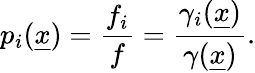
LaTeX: p_{i}(\underline{{x}})=\frac{f_{i}}{f}=\frac{\gamma_{i}(\underline{{x}})}{\gamma(\underline{{x}})}.